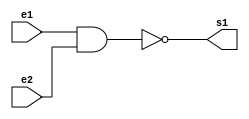
//----------------
//@autor: Rafael de Freitas Queiroz Matosinhos
//@Guia 02 - Exemplo 001
//@Matricula: 420139
//----------------

//----------------
//--- NAND GATE ---
//----------------

module nandgate (s1, e1, e2);
   output s1;
   input  e1, e2;
	assign s1 = ~(e1&e2);
endmodule

//----------------
//--- OR TEST ---
//----------------

module testorgate;
reg e1, e2;
wire s1, s2, sfinal;

nandgate nand1 (s1, e1, e1);
nandgate nand2 (s2, e2, e2);
nandgate nand3 (sfinal, s1, s2);

initial begin: start
 	e1 = 0;
 	e2 = 0;
end


initial begin: main

$display("Guia 02 - Exemplo 01");
      $display("OR Gate");
		$monitor("~(%b & %b) = %b", e1, e2, sfinal);
		
		#1 e1 = 0; e2 = 1;
		#1 e1 = 1; e2 = 0;
		#1 e1 = 1; e2 = 1;
		
end
	
endmodule

//---- TESTES -----
//-- Guia 02 - Exemplo 01
//-- OR Gate
//-- ~(0 & 0) = 0
//-- ~(0 & 1) = 1
//-- ~(1 & 0) = 1
//-- ~(1 & 1) = 1